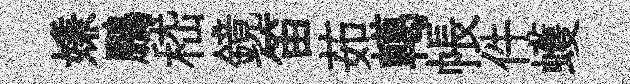
嫌鵬嵇鏡笛茹轕帳件蠖